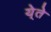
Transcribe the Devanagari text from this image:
ये्ते